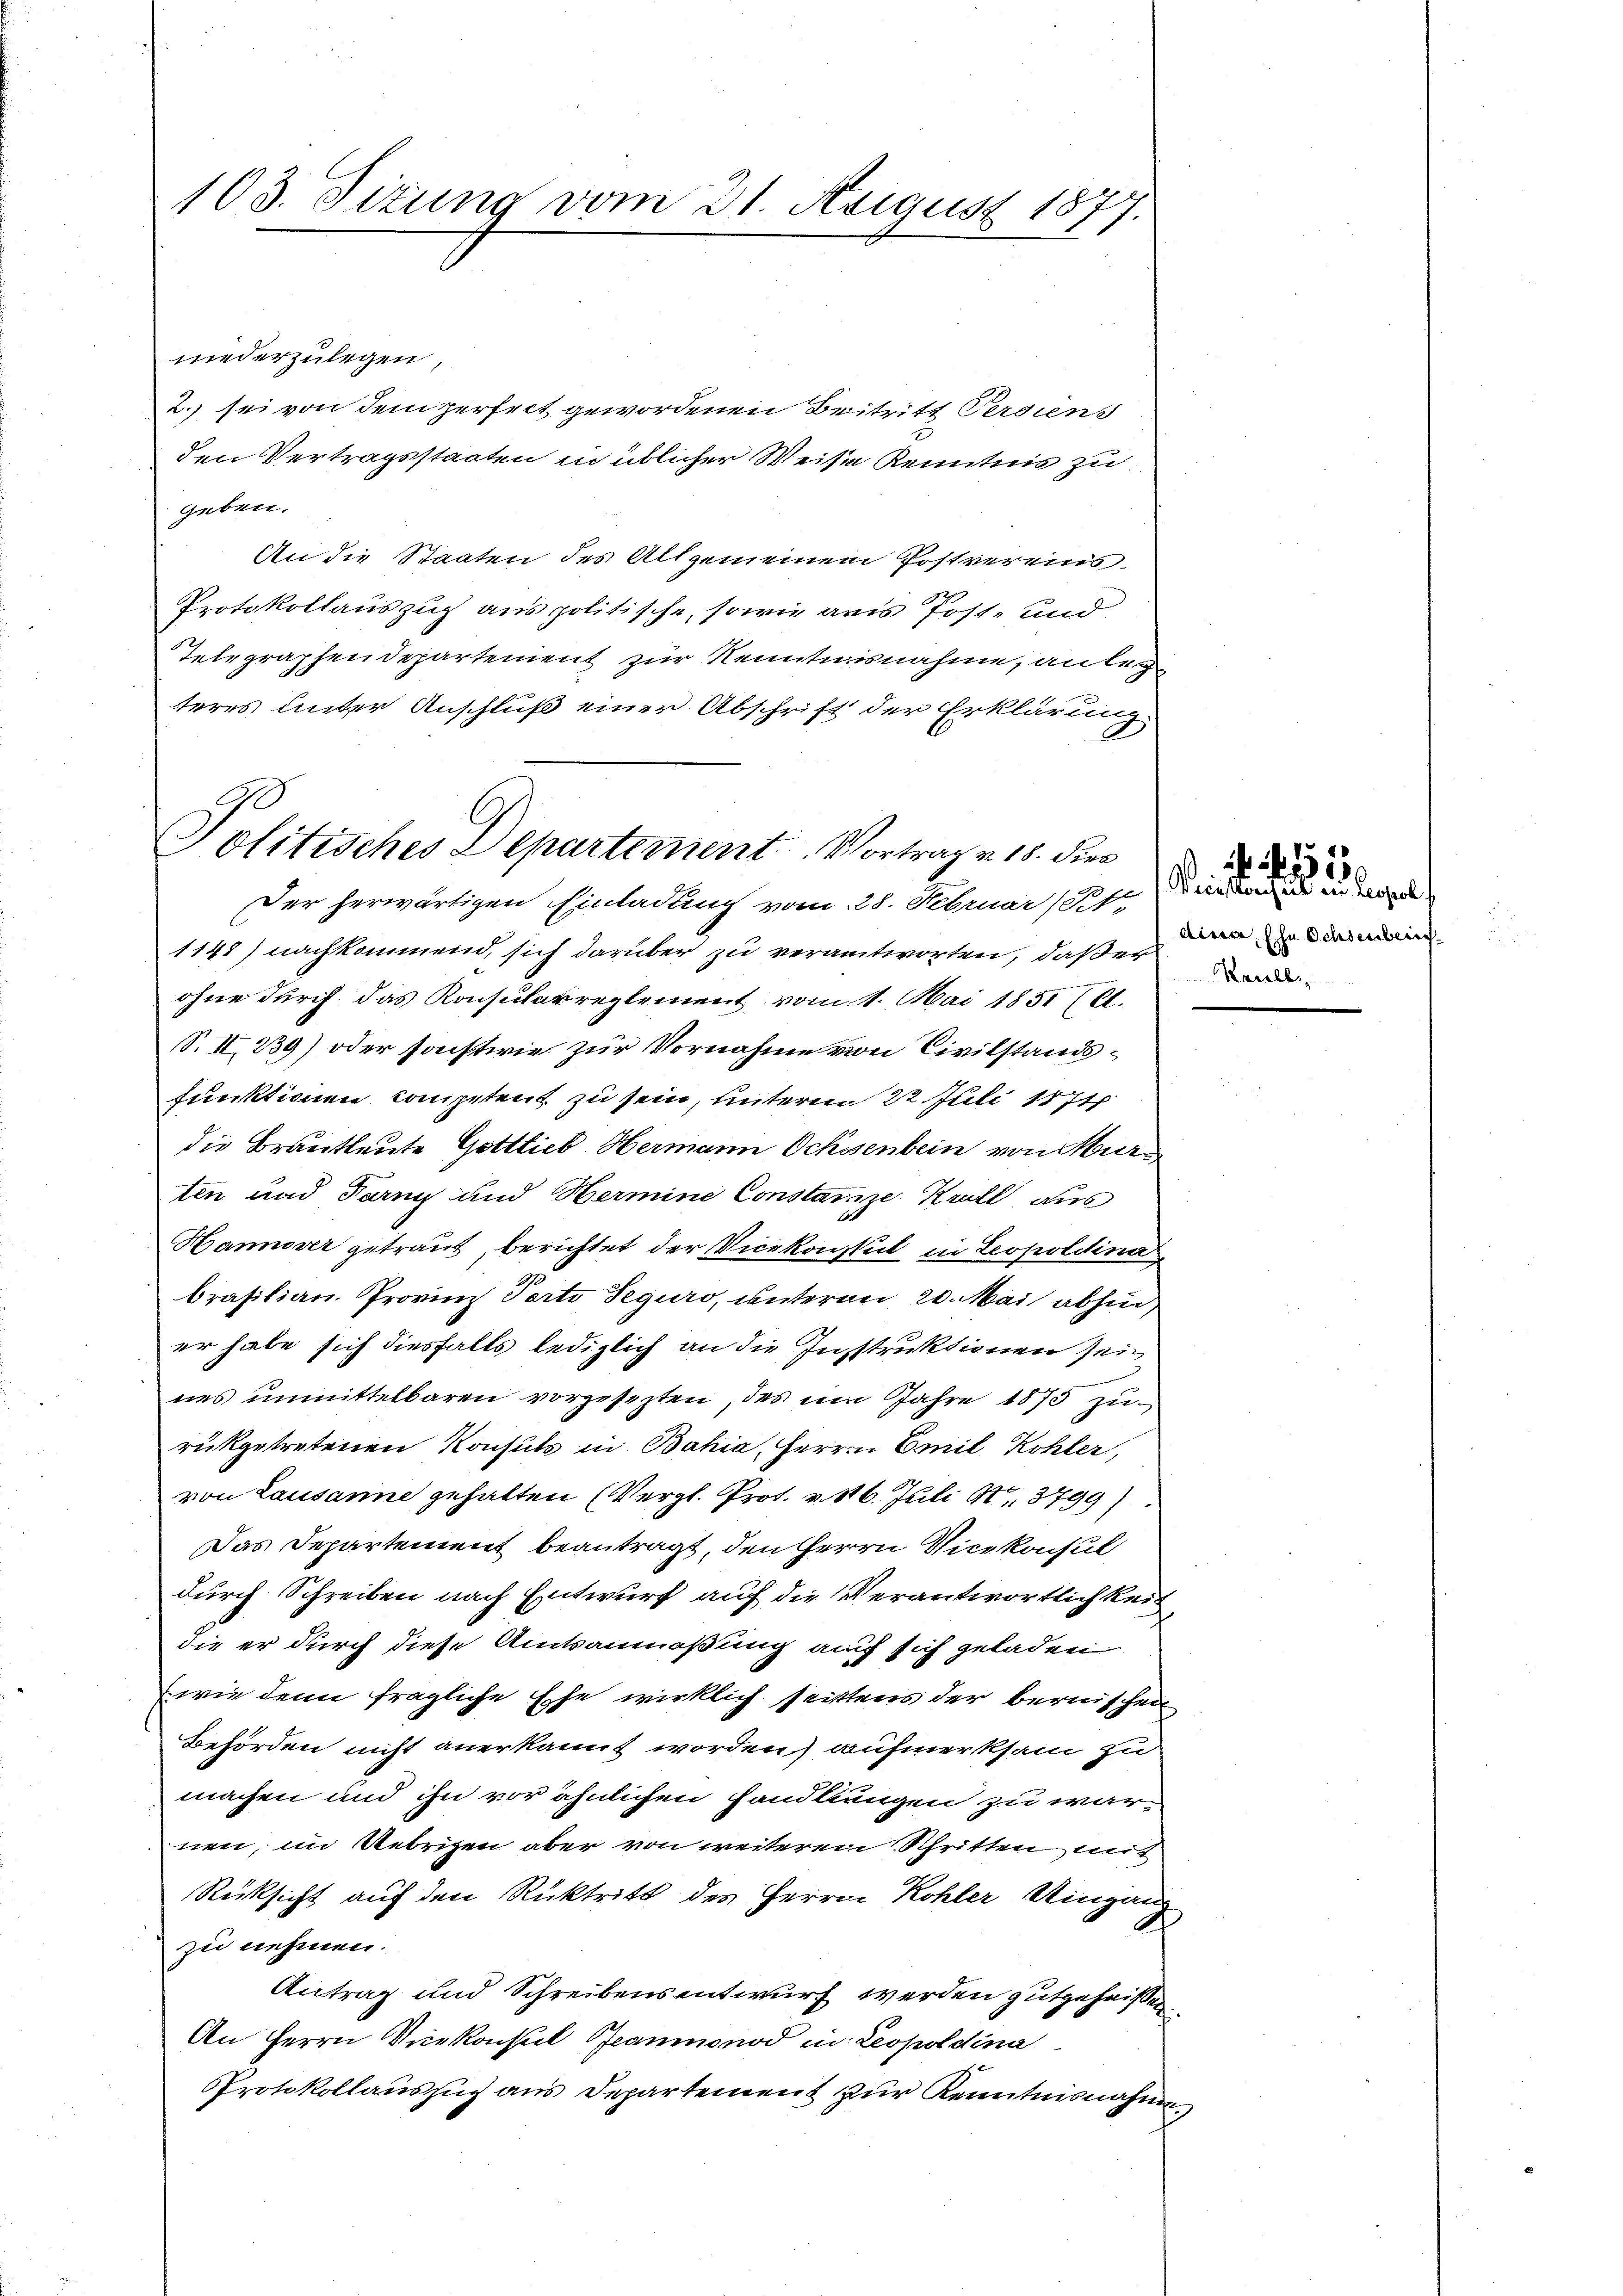
103. Sizung vom 21. August 1877.

niederzulegen
2. sei von dem perfect gewordenen Beitritt Ferdiens
den Vertragsstaaten in üblicher Weise Kenntnis zu
geben.
An die Staaten des Allgemeinem Postvereins
Protokollauszug aus politische, sowie aus Post- und
Telegraphendepartement zur Kenntnisnahme, an lege
teres unter Anschluß einer Abschrift der Erklärung

Politisches Departement. Vortrag v. 18. dies

Der herwärtigen Einladung vom 28. Februar (Ptt
1148) nachkommend, sich darüber zu verantworten, daß er
ohne durch das Konsularreglement vom 11. Mai 1851 (A.
S. II. 239) oder sonstwie zur Vornahme von Civilstandsfunktionen Competent zu sein, unterm 22 Juli 1874
die Brautleute Gottlieb Hermann Ochsenbein von Murten und Tarn und Hermine Constanze Krall aus
Hannover getraut, berichtet der Vicekonstalt in Leopoldina
brasilian Provinz Porto Seguro, unterm 20. Mai abhin
er habe sich diesfalls lediglich an die Instruktionen sein
nes unmittelbaren vorgesezten, des im Jahre 1873 zurükgetretenen Konsuls in Bahia, Herrn Emil Kohler,
von Lausanne gehalten (Vergl. Prot. v. 16. Juli 1 3799)
Das Departement beantragt, den Herrn Vicekonsul
durch Schreiben nach Entwurf auf die Verantwortlichkeit
die er durch diese Amtsanmaßung auf sich geladen
wie denn fragliche Ehe wirklich seittens der bernischen
Behörden nicht anerkannt worden) aufmerksam zu
machen und ihn vor ähnlichen Handlungen zu warnen, im Uebrigen aber von weiteren Schritten mit
Rücksicht auf den Rücktritt des Herren Kohler Uingang
zu nehmen.
Antrag und Schreibens entwurf werden gutgeheißen.
An Herrn Vicekonsul Beaumonod in Leopoldina
Protokollauszug aus Departement zur Kenntnisnahme

Priestersuch in respol
dina, sche Ochsenberg
Kaulb

520